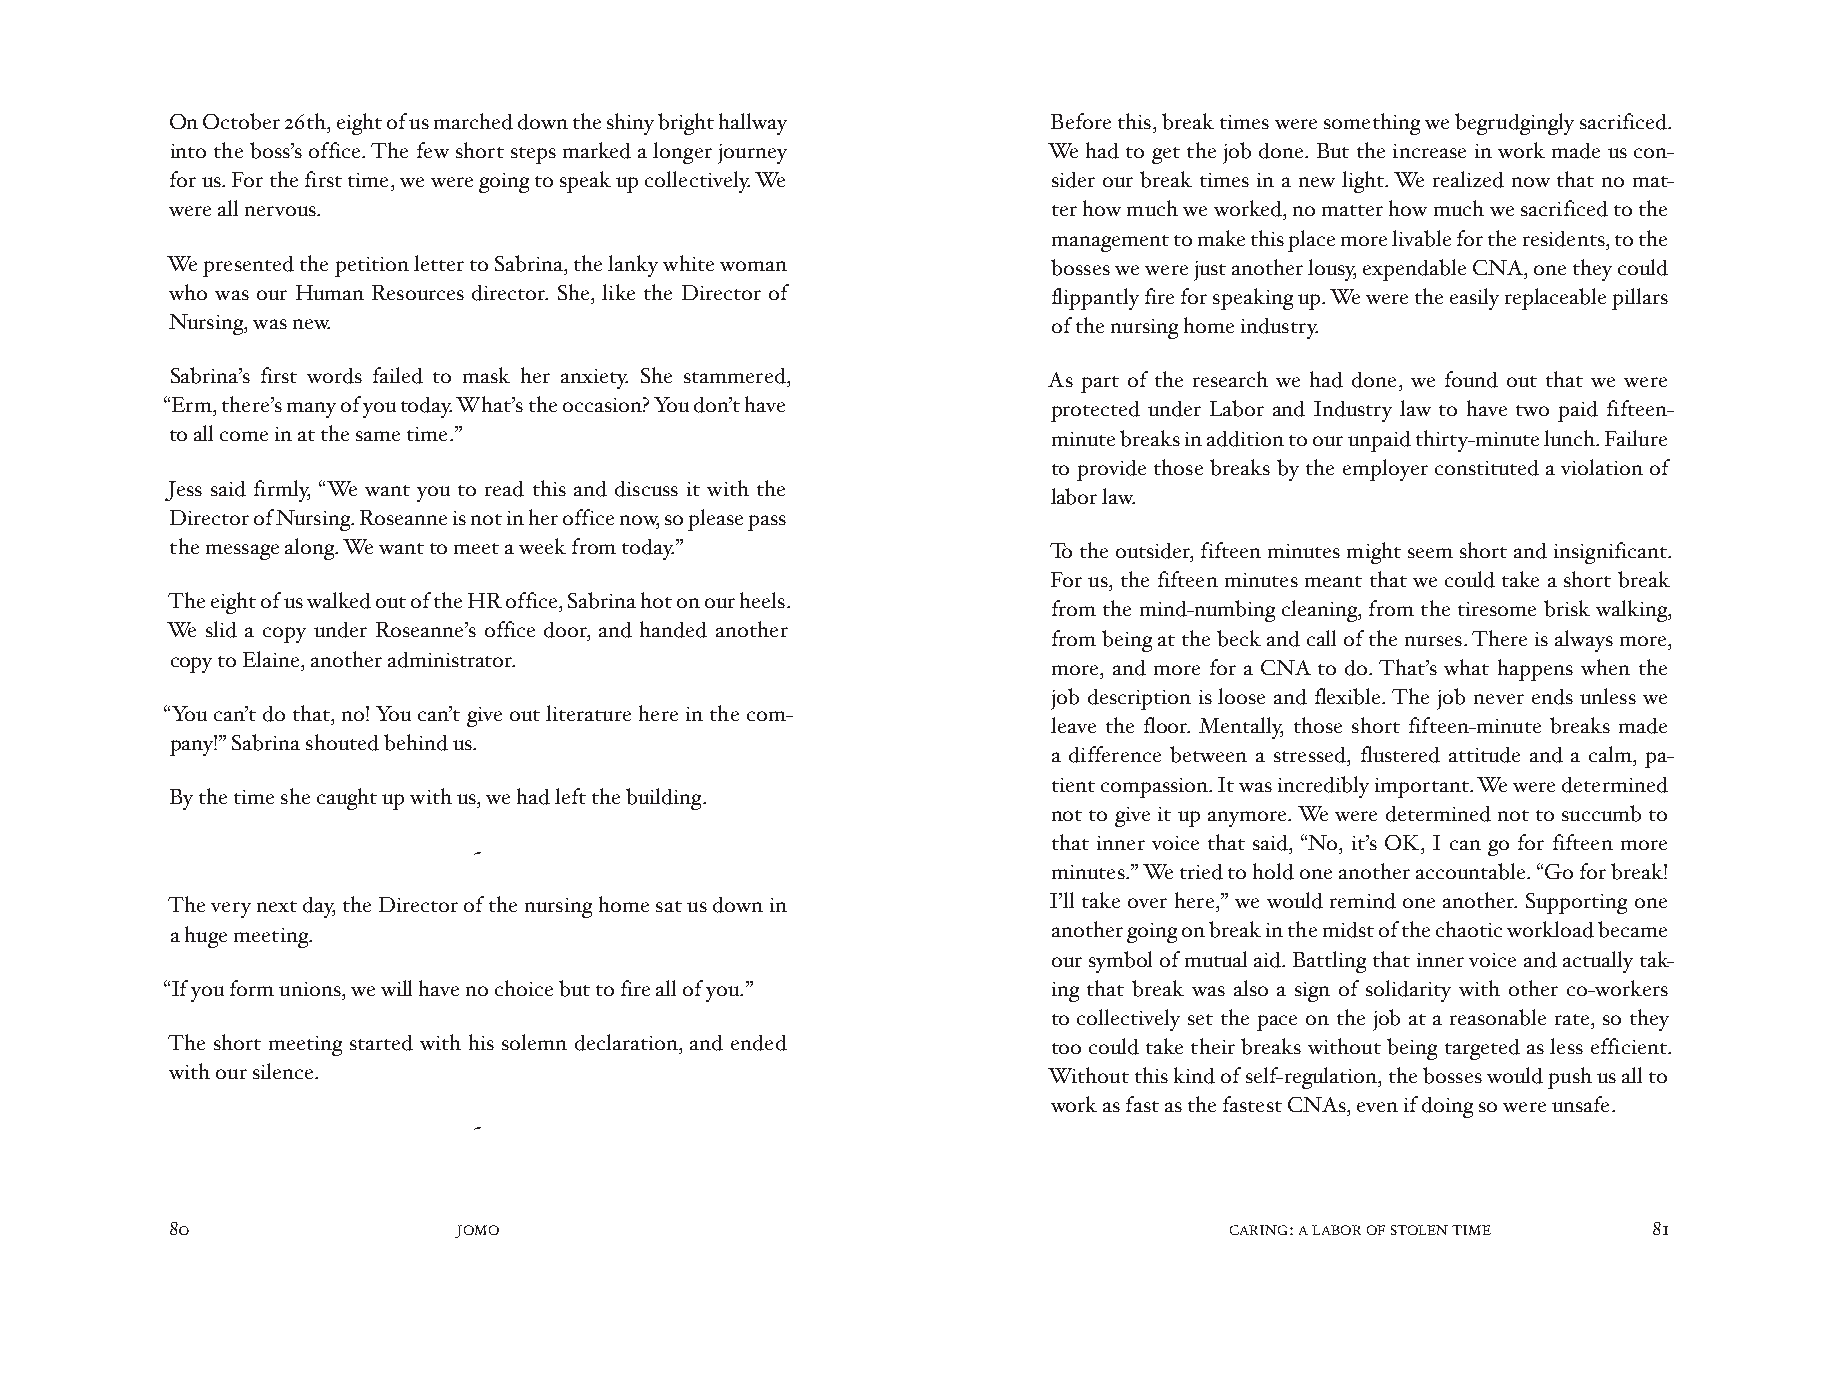
On October 26th, eight of us marched down the shiny bright hallway Before this, break times were something we begrudgingly sacrificed.
 into the boss’s office. The few short steps marked a longer journey We had to get the job done. But the increase in work made us con-
 for us. For the first time, we were going to speak up collectively. We sider our break times in a new light. We realized now that no mat-
 were all nervous.                                          ter how much we worked, no matter how much we sacrificed to the
 management to make this place more livable for the residents, to the
 We presented the petition letter to Sabrina, the lanky white woman bosses we were just another lousy, expendable CNA, one they could
 who was our Human Resources director. She, like the Director of flippantly fire for speaking up. We were the easily replaceable pillars
 Nursing, was new.                                          of the nursing home industry.
 Sabrina’s first words failed to mask her anxiety. She stammered, As part of the research we had done, we found out that we were
 “Erm, there’s many of you today. What’s the occasion? You don’t have protected under Labor and Industry law to have two paid fifteen-
 to all come in at the same time.”                          minute breaks in addition to our unpaid thirty-minute lunch. Failure
 to provide those breaks by the employer constituted a violation of
 Jess said firmly, “We want you to read this and discuss it with the
 labor law.
 Director of Nursing. Roseanne is not in her office now, so please pass
 the message along. We want to meet a week from today.”    To the outsider, fifteen minutes might seem short and insignificant.
 For us, the fifteen minutes meant that we could take a short break
 The eight of us walked out of the HR office, Sabrina hot on our heels.
 from the mind-numbing cleaning, from the tiresome brisk walking,
 We slid a copy under Roseanne’s office door, and handed another
 from being at the beck and call of the nurses. There is always more,
 copy to Elaine, another administrator.
 more, and more for a CNA to do. That’s what happens when the
 job description is loose and flexible. The job never ends unless we
 “You can’t do that, no! You can’t give out literature here in the com-
 leave the floor. Mentally, those short fifteen-minute breaks made
 pany!” Sabrina shouted behind us.
 a difference between a stressed, flustered attitude and a calm, pa-
 tient compassion. It was incredibly important. We were determined
 By the time she caught up with us, we had left the building.
 not to give it up anymore. We were determined not to succumb to
 that inner voice that said, “No, it’s OK, I can go for fifteen more
 ~
 minutes.” We tried to hold one another accountable. “Go for break!
 The very next day, the Director of the nursing home sat us down in I’ll take over here,” we would remind one another. Supporting one
 a huge meeting.                                            another going on break in the midst of the chaotic workload became
 our symbol of mutual aid. Battling that inner voice and actually tak-
 “If you form unions, we will have no choice but to fire all of you.” ing that break was also a sign of solidarity with other co-workers
 to collectively set the pace on the job at a reasonable rate, so they
 The short meeting started with his solemn declaration, and ended too could take their breaks without being targeted as less efficient.
 with our silence.                                         Without this kind of self-regulation, the bosses would push us all to
 work as fast as the fastest CNAs, even if doing so were unsafe.
 ~
 80                 JOMO                                               CARING: A LABOR OF STOLEN TIME 81